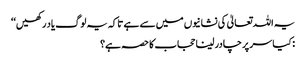
یہ اللہ تعالیٰ کی نشانیوں میں سے ہے تاکہ یہ لوگ یاد رکھیں‘‘
: کیا سر پر چادر لینا حجاب کا حصہ ہے؟